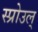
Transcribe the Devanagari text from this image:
स्प्रोउल्